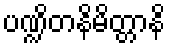
ပဏ္ဍိတနိမိတ္တာနိ